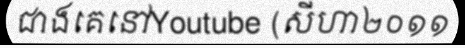
ជាងគេនៅYoutube (សីហា២០១១